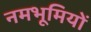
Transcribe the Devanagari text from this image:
नमभूमियों